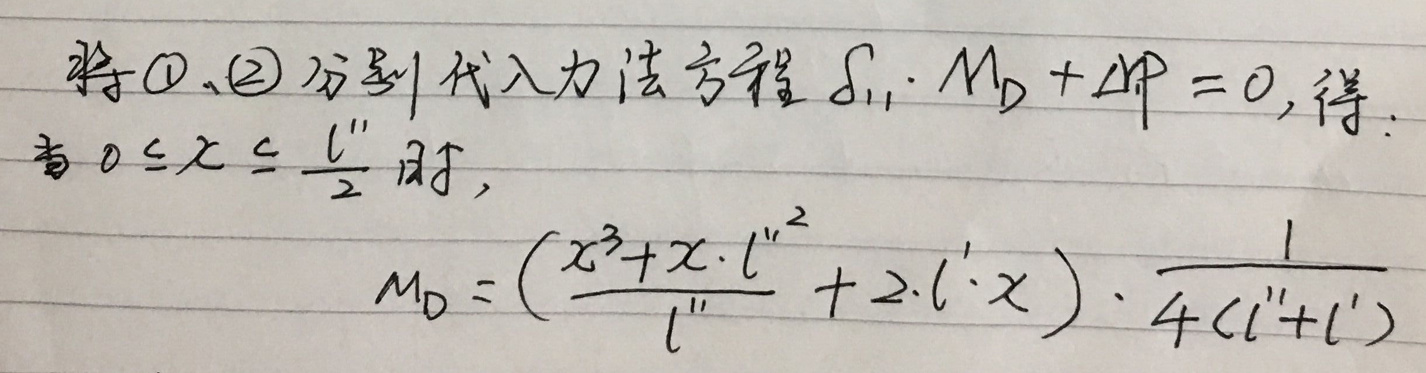
将\textcircled{1}、\textcircled{2}分别代入力法方程$\delta_{11}M_D+\Delta_{1P}=0$, 得:
当$0\leq x\leq\frac{l''}{2}$时,
\[
M_D = \left(\frac{x^3 + x\cdot l''^2}{l''}+2\cdot l'\cdot x\right)\cdot\frac{1}{4(l'' + l')}
\]